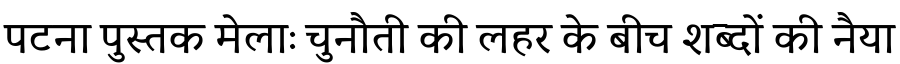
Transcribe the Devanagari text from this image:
पटना पुस्तक मेलाः चुनौती की लहर के बीच शब्दों की नैया